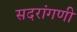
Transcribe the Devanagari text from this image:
सदरांगणी